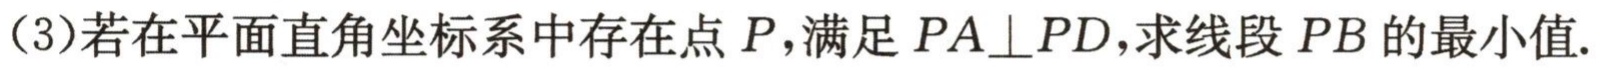
（3）若在平面直角坐标系中存在点 \(P\)，满足 \(PA\perp PD\)，求线段 \(PB\) 的最小值.